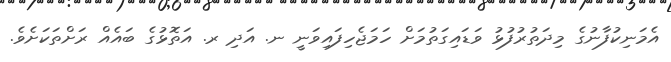
އެމަނިކުފާނުގެ މިދަތުރުފުޅު ވަޑައިގަތުމަށް ހަމަޖެހިފައިވަނީ ނ. އަދި ރ. އަތޮޅުގެ ބައެއް ރަށްތަކަށެވެ.